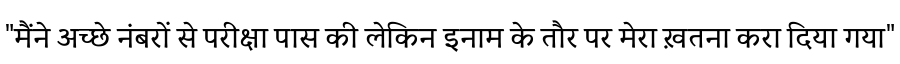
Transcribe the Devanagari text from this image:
"मैंने अच्छे नंबरों से परीक्षा पास की लेकिन इनाम के तौर पर मेरा ख़तना करा दिया गया"